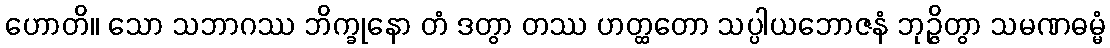
ဟောတိ။ သော သဘာဂဿ ဘိက္ခုနော တံ ဒတွာ တဿ ဟတ္ထတော သပ္ပါယဘောဇနံ ဘုဉ္ဇိတွာ သမဏဓမ္မံ